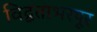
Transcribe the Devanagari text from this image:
विद्वताभरपूर